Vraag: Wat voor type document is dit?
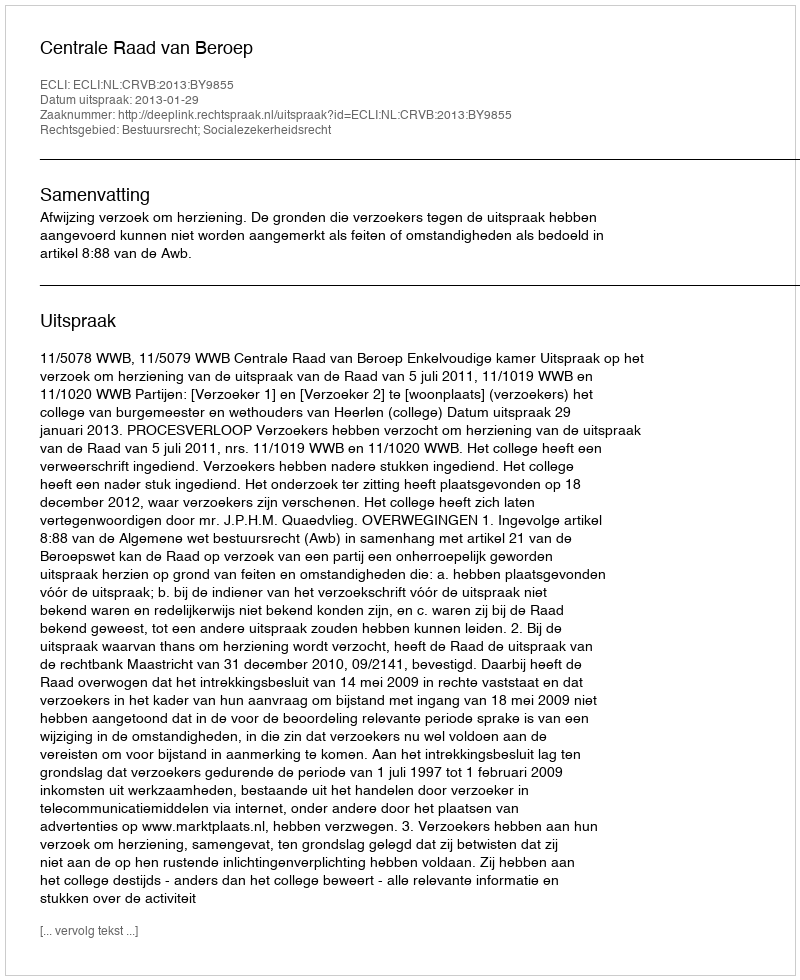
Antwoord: Uitspraak